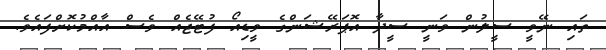
ތައި ނޭވީ ސީލުން ވަނީ ސީދާ އޮޕަރޭޝަންގެ ވީޑިއޯ ފުޓޭޖެއް ވެސް އާއްމުކޮށްފައެވެ.